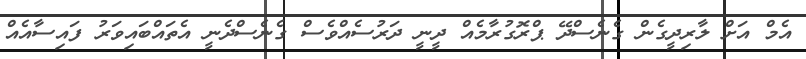
އެމް އަށް ލާރިދީގެން ގެނެސްދޭ ޕްރޮގުރާމެއް ދީނީ ދަރުސެއްވެސް ގެނެސްދެނީ އެތައްބައިވަރު ފައިސާއެއް